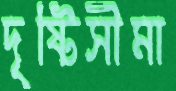
দৃষ্টিসীমা